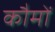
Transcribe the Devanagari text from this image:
कौमों